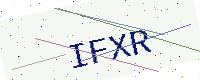
Text: IFXR